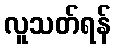
လူသတ်ရန်